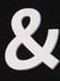
&